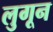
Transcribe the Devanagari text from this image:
लुगून